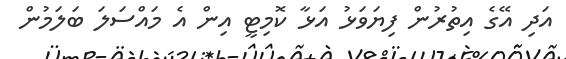
އަދި އޭގެ އިތުރުން ފިޔަވަޅު އަޅާ ކޮމިޓީ އިން އެ މައްސަލަ ބަލަމުން